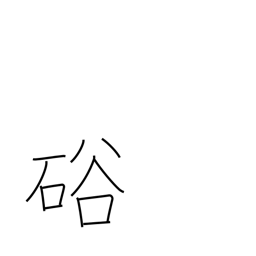
Meaning: gap